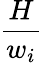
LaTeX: \frac{H}{w_{i}}